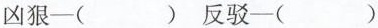
凶狠-( )反驳-( )